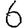
Digit: 6